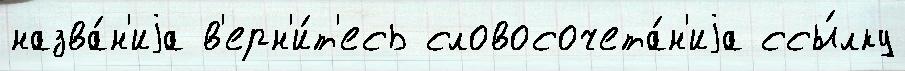
назва́н'иjа в'ерн'и́т'есь словосочета́н'иjа ссы́лку